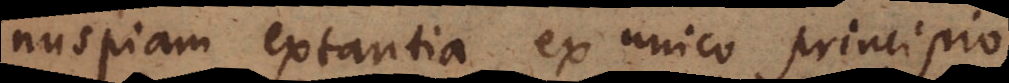
nuspiam extantia ex unico principio